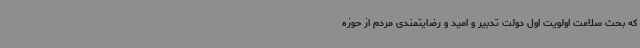
که بحث سلامت اولویت اول دولت تدبیر و امید و رضایتمندی مردم از حوزه